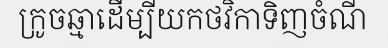
ក្រូចឆ្មាដើម្បីយកថវិកាទិញចំណី